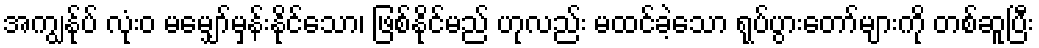
အကျွန်ုပ် လုံးဝ မမျှော်မှန်းနိုင်သော၊ ဖြစ်နိုင်မည် ဟုလည်း မထင်ခဲ့သော ရုပ်ပွားတော်များကို တစ်ဆူပြီး